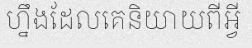
ហ្នឹងដែលគេនិយាយពីអ្វី